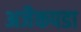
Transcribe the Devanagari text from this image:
अजैकपडा